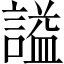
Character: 謚